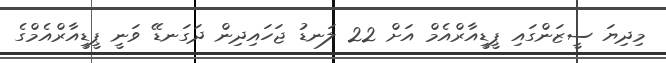
މިދިޔަ ސީޒަންގައި ޕީޑީއާރްއެމް އަށް 22 ލަނޑު ޖަހައިދިން ދަގަނޑޭ ވަނީ ޕީޑީއާރްއެމްގެ